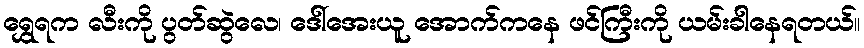
ရွှေရက လီးကို ပွတ်ဆွဲလေ၊ ဒေါ်အေးယူ အောက်ကနေ ဖင်ကြီးကို ယမ်းခါနေရတယ်။